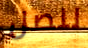
لنصل